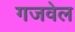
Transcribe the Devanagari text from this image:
गजवेल